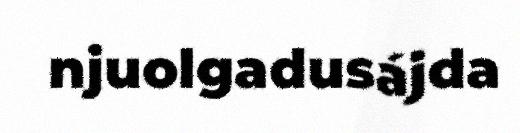
njuolgadusájda